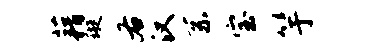
藉璇右汉系宝竽